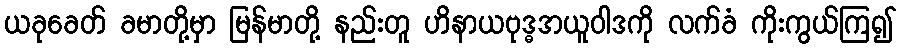
ယခုခေတ် ခမာတို့မှာ မြန်မာတို့ နည်းတူ ဟိနာယဗုဒ္ဓအယူဝါဒကို လက်ခံ ကိုးကွယ်ကြ၍